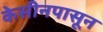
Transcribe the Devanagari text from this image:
केसीनपासून